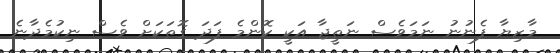
މާޒިޔާ ފެނުނު ނަމަވެސް ނަތީޖާ އަކީ ކޮންމެ ފަދަ ގޮތަކަށް ވެސް ނިކުމެދާނެ